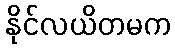
နိုင်လယိတမက